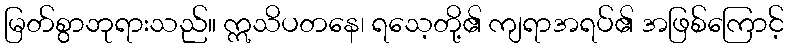
မြတ်စွာဘုရားသည်။ ဣသိပတနေ၊ ရသေ့တို့၏ ကျရာအရပ်၏ အဖြစ်ကြောင့်